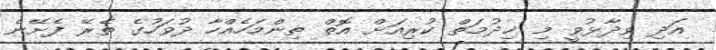
އަދި ވިދާޅުވީ މި ޚިދުމަތް ކުރިއަށް އޮތް ތިންމަހެއްހާ ދުވަހުގެ ތެރޭ ފެށޭނެ